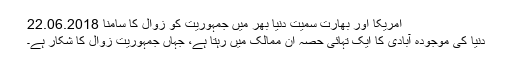
امریکا اور بھارت سمیت دنیا بھر میں جمہوریت کو زوال کا سامنا 22.06.2018
دنیا کی موجودہ آبادی کا ایک تہائی حصہ ان ممالک میں رہتا ہے، جہاں جمہوریت زوال کا شکار ہے۔